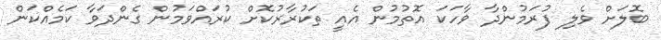
ބޮލަށް ވެލި ފުރަމުންދާ ވާހަކަ އޮތުމުން އެއީ ތަކުރާރުކޮށް ކުރައްވަމުން ގެންދަވާ ކަމެއްކަން